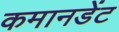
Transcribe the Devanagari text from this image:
कमानडेंट